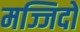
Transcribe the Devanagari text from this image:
मज्जिदों